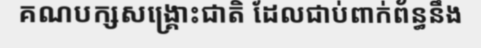
គណបក្សសង្គ្រោះជាតិ ដែលជាប់ពាក់ព័ន្ធនឹង